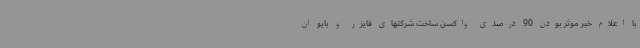
با اعلام خبر موثر بودن 90 درصدی واکسن ساخت شرکتهای فایزر و بایو ان